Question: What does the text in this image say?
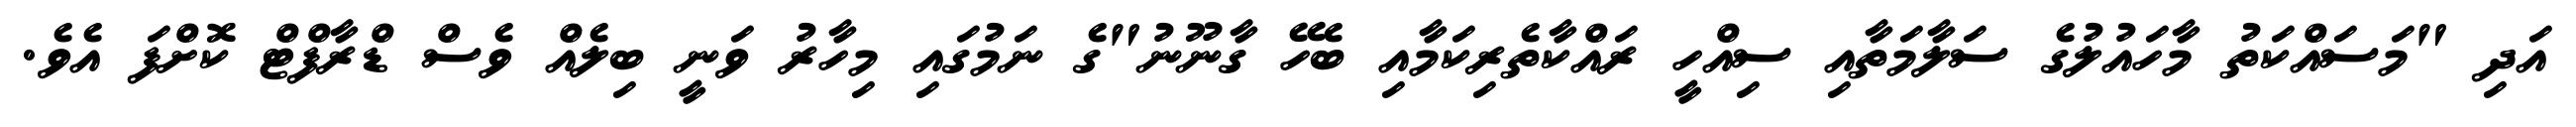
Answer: އަދި "މަސައްކަތު މާހައުލުގެ ސަލާމަތާއި ސިއްހީ ރައްކާތެރިކަމާއި ބެހޭ ގާނޫނު"ގެ ނަމުގައި މިހާރު ވަނީ ބިލެއް ވެސް ޑްރާފްޓް ކޮށްފަ އެވެ.